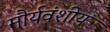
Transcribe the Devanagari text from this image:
मौर्यवंशीय